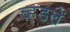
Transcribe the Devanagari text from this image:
व्हडलें